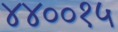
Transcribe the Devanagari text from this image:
४४००१५